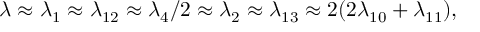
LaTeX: \lambda \approx \lambda _ { 1 } \approx \lambda _ { 1 2 } \approx \lambda _ { 4 } / 2 \approx \lambda _ { 2 } \approx \lambda _ { 1 3 } \approx 2 ( 2 \lambda _ { 1 0 } + \lambda _ { 1 1 } ) ,